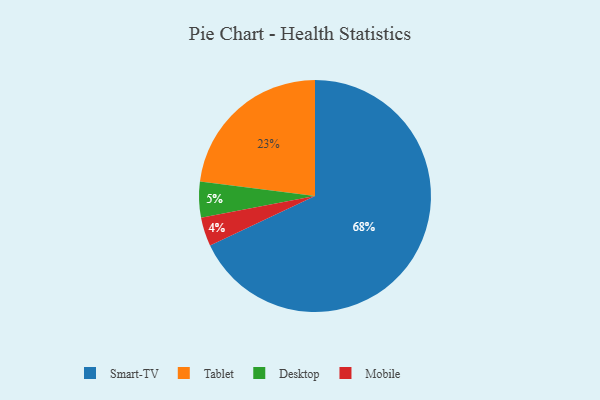
{"axis": {"x": "Category", "y": "Percentage"}, "legend": ["Desktop", "Mobile", "Smart-TV", "Tablet"], "data": [{"x": "Tablet", "y": 23, "type": "Tablet"}, {"x": "Smart-TV", "y": 68, "type": "Smart-TV"}, {"x": "Desktop", "y": 5, "type": "Desktop"}, {"x": "Mobile", "y": 4, "type": "Mobile"}]}